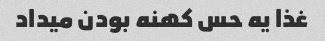
غذا یه حس کهنه بودن میداد